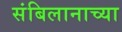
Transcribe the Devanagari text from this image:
संबिलानाच्या